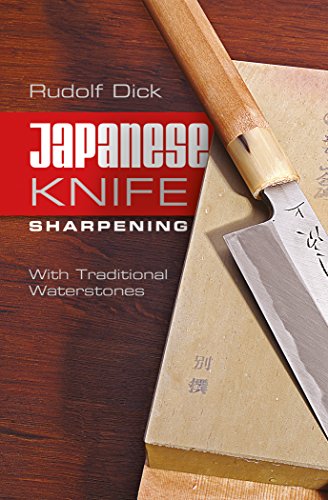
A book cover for Japanese Knife Sharpening: With Traditional Waterstones; Rudolf Dick; Crafts, Hobbies & Home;